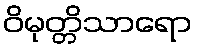
ဝိမုတ္တိသာရော